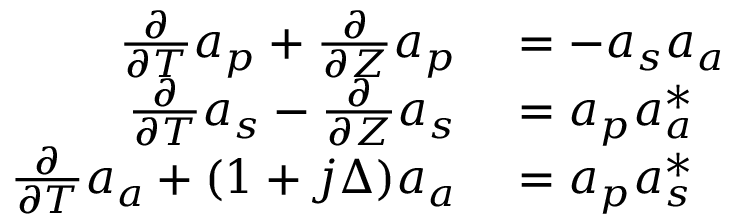
\begin{array} { r l } { \frac { \partial } { \partial T } a _ { p } + \frac { \partial } { \partial Z } a _ { p } } & { { } = - a _ { s } a _ { a } } \\ { \frac { \partial } { \partial T } a _ { s } - \frac { \partial } { \partial Z } a _ { s } } & { { } = a _ { p } a _ { a } ^ { * } } \\ { \frac { \partial } { \partial T } a _ { a } + ( 1 + j \Delta ) a _ { a } } & { { } = a _ { p } a _ { s } ^ { * } } \end{array}